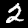
Digit: 2